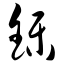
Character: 铄